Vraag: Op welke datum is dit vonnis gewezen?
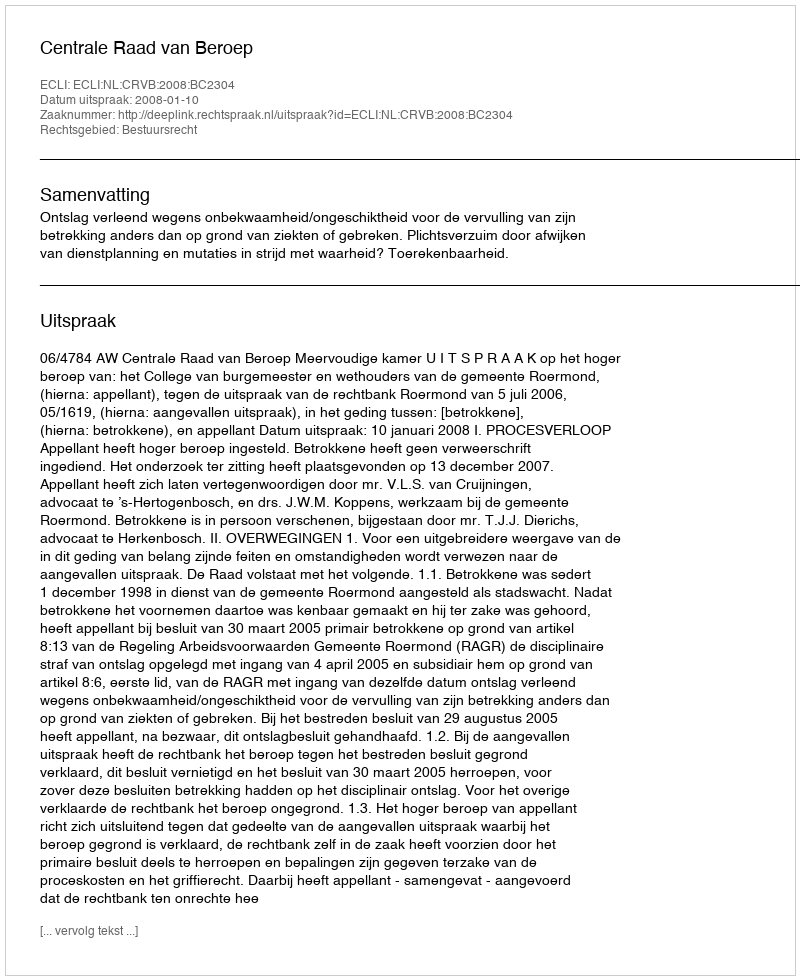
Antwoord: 2008-01-10